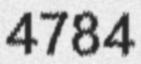
4784